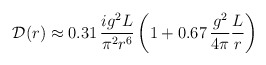
\begin{align*}{\cal D}(r) \approx 0.31 \,\frac{ig^2L}{\pi^2r^6}\left(1+ 0.67 \,\frac{g^2}{4\pi}\frac{L}{r} \right)\end{align*}